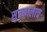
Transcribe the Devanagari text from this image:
सुतकालाच